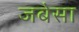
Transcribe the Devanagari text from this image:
जबेसा